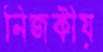
নিজকীয়